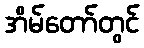
အိမ်တော်တွင်